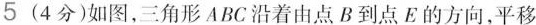
5 (4分)如图，三角形ABC沿着由点B到点E的方向，平移